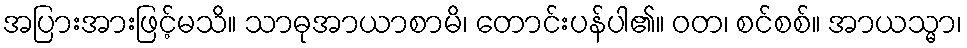
အပြားအားဖြင့်မသိ။ သာဓုအာယာစာမိ၊ တောင်းပန်ပါ၏။ ဝတ၊ စင်စစ်။ အာယသ္မာ၊